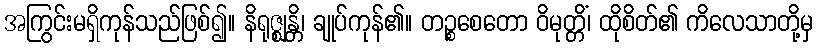
အကြွင်းမရှိကုန်သည်ဖြစ်၍။ နိရုဇ္ဈန္တိ၊ ချုပ်ကုန်၏။ တဉ္စစေတော ဝိမုတ္တိံ၊ ထိုစိတ်၏ ကိလေသာတို့မှ